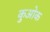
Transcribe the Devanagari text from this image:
कुओक